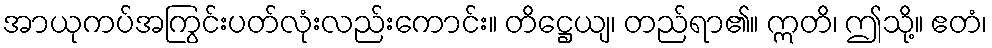
အာယုကပ်အကြွင်းပတ်လုံးလည်းကောင်း။ တိဋ္ဌေယျ၊ တည်ရာ၏။ ဣတိ၊ ဤသို့။ ဧတံ၊